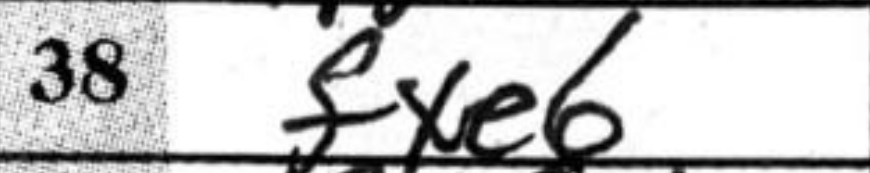
Transcription: fxe6